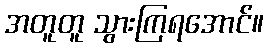
အတူတူ သွားကြရအောင်။